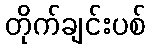
တိုက်ချင်းပစ်